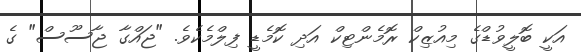
އަކީ ބޮލީވުޑްގެ މިއުޒިކް ރޮމެންޓިކް އަދި ކޮމެޑީ ފިލްމެކެވެ. "ޖައްގާ ޖާސޫސް" ގެ